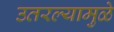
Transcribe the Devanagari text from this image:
उतरल्यामुळे